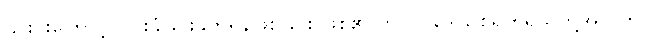
၎င်းင်းကြောင့် ငြင်းခုံခြင်းခိုက်ရန်ဖြစ်ခြင်း ဖြစ်၏ ဟူလို။ ဒေါသစရိုက်ရှိသူတို့အတွက်